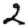
Digit: 2